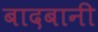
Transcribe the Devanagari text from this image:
बादबानी